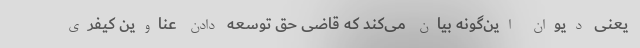
یعنی دیوان این‌گونه بیان می‌کند که قاضی حق توسعه دادن عناوین کیفری